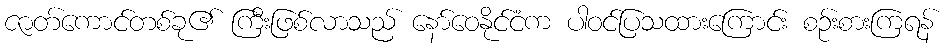
ဇာတ်ကောင်တစ်ခု၏ ကြီးဖြစ်လာသည် နော်ဝေနိုင်ငံက ပါဝင်ပြသထားကြောင်း စဉ်းစားကြရန်